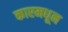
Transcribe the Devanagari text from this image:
कारमधून